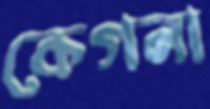
কেগনা